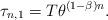
LaTeX: \begin{align*}\tau_{n,1} = T\theta^{(1-\beta)n}.\end{align*}